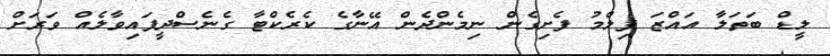
ލީޑް ބަތަލާ އައްޒަ ފިލްމު ފެށިގެން ނިމެންދެން އޭނާގެ ކެރެކްޓާ ގެނެސްދީފައިވާލެއް ވަރަށް